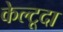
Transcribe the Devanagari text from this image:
केल्टूदा